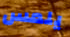
يلمس